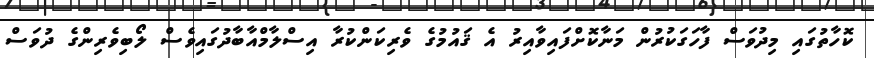
ކޮހާތުގައި މިދުވަސް ފާހަގަކުރުން މަނާކޮށްފައިވާއިރު އެ ޤައުމުގެ ވެރިކަންކުރާ އިސްލާމްއާބާދުގައިވެސް ލޯބިވެރިންގެ ދުވަސް